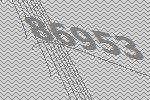
86953